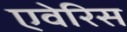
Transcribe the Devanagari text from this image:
एवेरिस